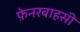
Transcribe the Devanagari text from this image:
फ़ेनरबाहसी